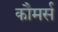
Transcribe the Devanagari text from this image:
कौमर्स